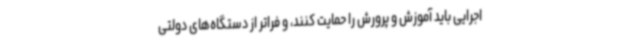
اجرایی باید آموزش و پرورش را حمایت کنند، و فراتر از دستگاه‌های دولتی